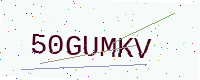
Text: 50GUMKV